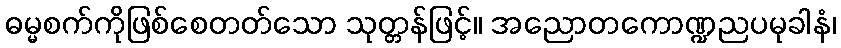
ဓမ္မစက်ကိုဖြစ်စေတတ်သော သုတ္တန်ဖြင့်။ အညောတကောဏ္ဍညပမုခါနံ၊